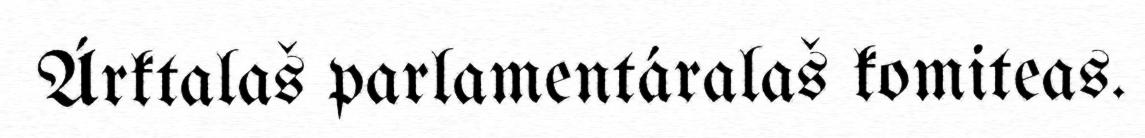
Árktalaš parlamentáralaš komiteas.